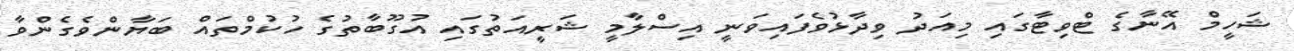
ޝަހީމް އޭނާގެ ޓްވިޓާގައި މިއަދު ވިދާޅުވެފައިވަނީ އިސްލާމީ ޝަރީއަތުގައި އުގޫބާތުގެ ހުކުމްތައް ބަޔާންވެގެންވާ